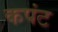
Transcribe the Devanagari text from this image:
कपंट